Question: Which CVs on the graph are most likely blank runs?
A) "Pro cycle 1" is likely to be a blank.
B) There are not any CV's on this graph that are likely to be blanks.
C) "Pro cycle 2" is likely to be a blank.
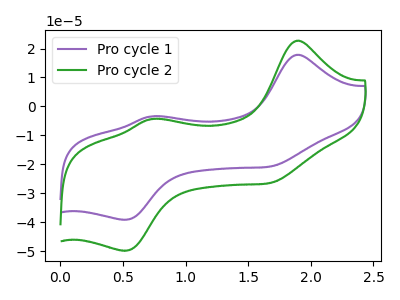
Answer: <think>The purple curve "Pro cycle 1" has anodic peaks at (1.90V, 17.85uA) (0.75V, -3.40uA) and cathodic peaks at (1.70V, -20.70uA) (0.50V, -39.15uA). The green curve "Pro cycle 2" has anodic peaks at (1.90V, 22.70uA) (0.75V, -4.35uA) and cathodic peaks at (1.70V, -26.35uA) (0.50V, -49.85uA).</think>
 <answer>B) There are not any CV's on this graph that are likely to be blanks.</answer>
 <eval>B</eval>